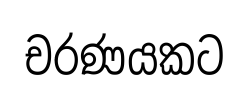
චරණයකට